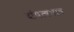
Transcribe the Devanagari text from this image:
दांपत्यभाव